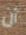
أن